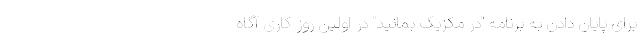
برای پایان دادن به برنامه "در مکزیک بمانید" در اولین روز کاری آگاه